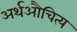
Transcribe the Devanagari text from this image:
अर्थऔचित्य